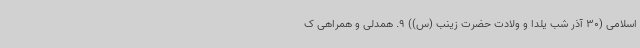
اسلامی (30 آذر شب یلدا و ولادت حضرت زینب (س)) 9. همدلی و همراهی ک